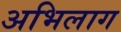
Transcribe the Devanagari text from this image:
अभिलाग